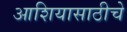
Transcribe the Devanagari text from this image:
आशियासाठीचे